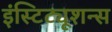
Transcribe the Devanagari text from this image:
इंस्टिट्यूशन्स